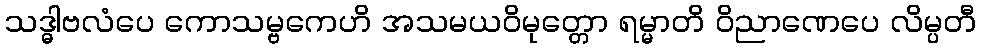
သဒ္ဓါဗလံပေ ကောသမ္ဗကေဟိ အသမယဝိမုတ္တော ရမ္မာတိ ဝိညာဏေပေ လိမ္ပတီ